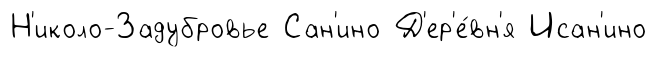
Н'иколо-Задубровье Сан'ино Д'ер'е́вн'я Исан'ино